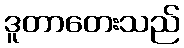
ဒူတာတေးသည်